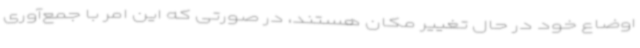
اوضاع خود در حال تغییر مکان هستند، در صورتی ‌که این امر با جمع‌آوری